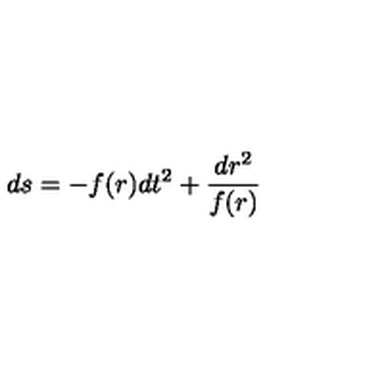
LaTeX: d s = - f ( r ) d t ^ { 2 } + \frac { d r ^ { 2 } } { f ( r ) }